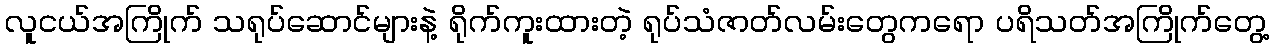
လူငယ်အကြိုက် သရုပ်ဆောင်များနဲ့ ရိုက်ကူးထားတဲ့ ရုပ်သံဇာတ်လမ်းတွေကရော ပရိသတ်အကြိုက်တွေ့